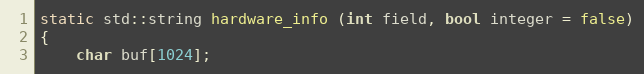
Language: C++
static std::string hardware_info (int field, bool integer = false)
{
	char buf[1024];